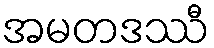
အမတဒဿီ